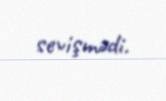
sevişmədi.